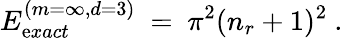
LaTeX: E_{\mathrm{e}xact}^{(m=\infty,d=3)}\ =\ \pi^{2}(n_{r}+1)^{2}\ .